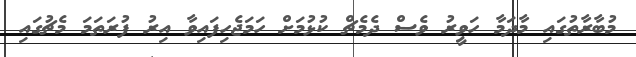
މުބާރާތުގައި މާދަމާ ހަވީރު ވެސް ދެމެޗް ކުޅުމަށް ހަމަޖެހިފައިވާ އިރު ފުރަތަމަ މެޗުގައި